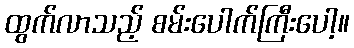
ထွက်လာသည့် စမ်းပေါက်ကြီးပေါ့။